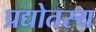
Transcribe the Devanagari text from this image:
प्रद्योतस्य